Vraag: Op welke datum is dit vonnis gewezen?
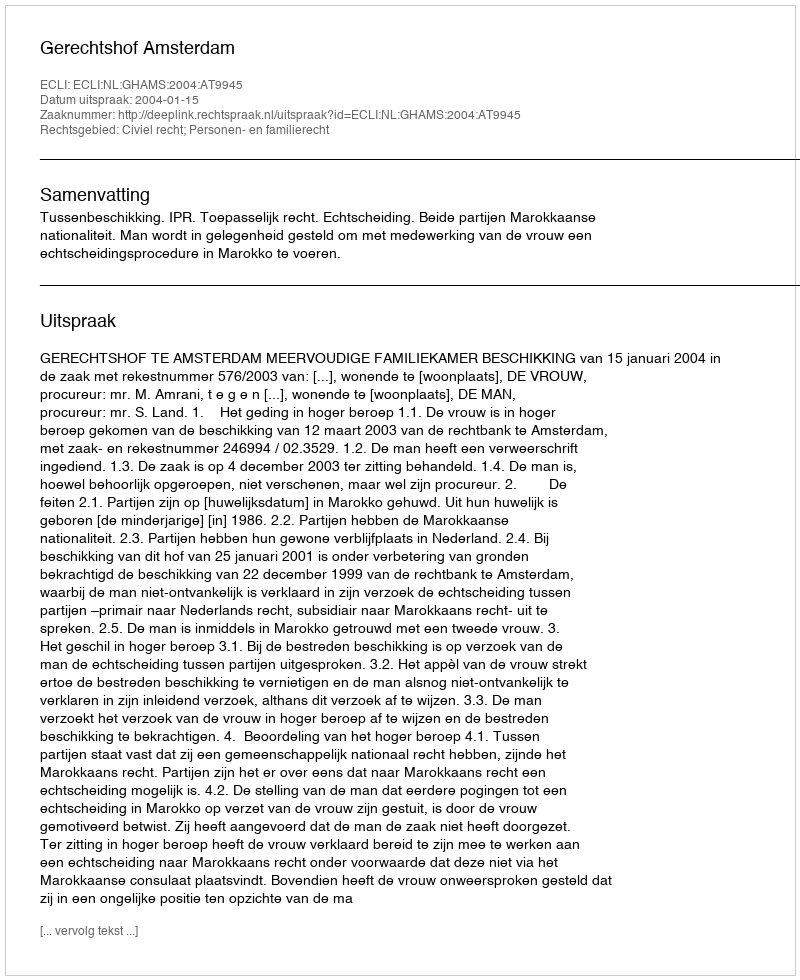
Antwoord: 2004-01-15